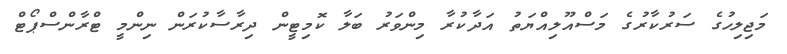
މަޖިލިހުގެ ސަރުކާރުގެ މަސްއޫލިއްޔަތު އަދާކުރާ މިންވަރު ބަލާ ކޮމިޓީން ދިރާސާކުރަން ނިންމީ ޓްރާންސްޕޯޓް